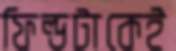
ফিল্ডটাকেই